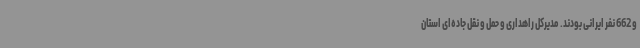
و 662 نفر ایرانی بودند. مدیرکل راهداری و حمل و نقل جاده‌ای استان